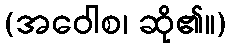
(အဝေါစ၊ ဆို၏။)